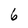
Character: 6